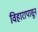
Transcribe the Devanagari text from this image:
विहारापासून